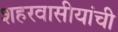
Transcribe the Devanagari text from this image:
शहरवासीयांची